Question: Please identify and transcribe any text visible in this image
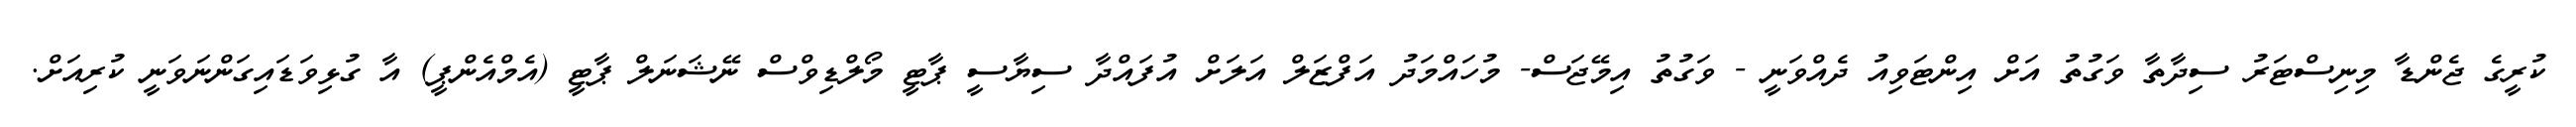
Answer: ކުރީގެ ޖެންޑާ މިނިސްޓަރު ސިދާތާ ވަގުތު އަށް އިންޓަވިއު ދެއްވަނީ - ވަގުތު އިމޭޖަސް- މުހައްމަދު އަފްޒަލް އަލަށް އުފައްދާ ސިޔާސީ ޕާޓީ މޯލްޑިވްސް ނޭޝަނަލް ޕާޓީ (އެމްއެންޕީ) އާ ގުޅިވަޑައިގަންނަވަނީ ކުރިއަށް.